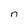
Character: n